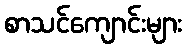
စာသင်ကျောင်းများ